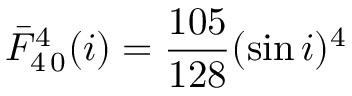
\bar { F } _ { 4 \, 0 } ^ { 4 } ( i ) = \frac { 1 0 5 } { 1 2 8 } ( \sin i ) ^ { 4 }